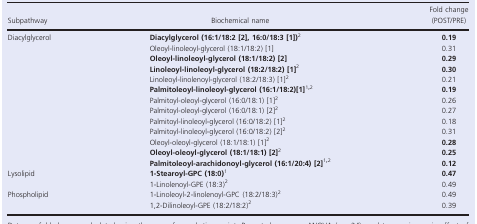
<table><thead><tr><td><b>Subpathway</b></td><td><b>Biochemical name</b></td><td><b>Fold change (POST/PRE)</b></td></tr></thead><tbody><tr><td>Diacylglycerol</td><td><b>Diacylglycerol (16:1/18:2 [2], 16:0/18:3 [1])</b>b</td><td><b>0.19</b></td></tr><tr><td></td><td>Oleoyl‐linoleoyl‐glycerol (18:1/18:2) [1]</td><td>0.31</td></tr><tr><td></td><td><b>Oleoyl‐linoleoyl‐glycerol (18:1/18:2) [2]</b></td><td><b>0.29</b></td></tr><tr><td></td><td><b>Linoleoyl‐linoleoyl‐glycerol (18:2/18:2) [1]</b>b</td><td><b>0.30</b></td></tr><tr><td></td><td>Linoleoyl‐linolenoyl‐glycerol (18:2/18:3) [1]b</td><td>0.21</td></tr><tr><td></td><td><b>Palmitoleoyl‐linoleoyl‐glycerol (16:1/18:2)[1]</b>a<sup><b>,</b></sup>b</td><td><b>0.19</b></td></tr><tr><td></td><td>Palmitoyl‐oleoyl‐glycerol (16:0/18:1) [1]b</td><td>0.26</td></tr><tr><td></td><td>Palmitoyl‐oleoyl‐glycerol (16:0/18:1) [2]b</td><td>0.27</td></tr><tr><td></td><td>Palmitoyl‐linoleoyl‐glycerol (16:0/18:2) [1]b</td><td>0.18</td></tr><tr><td></td><td>Palmitoyl‐linoleoyl‐glycerol (16:0/18:2) [2]b</td><td>0.31</td></tr><tr><td></td><td>Oleoyl‐oleoyl‐glycerol (18:1/18:1) [1]b</td><td><b>0.28</b></td></tr><tr><td></td><td><b>Oleoyl‐oleoyl‐glycerol (18:1/18:1) [2]</b>b</td><td><b>0.25</b></td></tr><tr><td></td><td><b>Palmitoleoyl‐arachidonoyl‐glycerol (16:1/20:4) [2]</b>a<sup><b>,</b></sup>b</td><td><b>0.12</b></td></tr><tr><td>Lysolipid</td><td><b>1‐Stearoyl‐GPC (18:0)</b>a</td><td><b>0.47</b></td></tr><tr><td></td><td>1‐Linolenoyl‐GPE (18:3)b</td><td>0.49</td></tr><tr><td>Phospholipid</td><td>1‐Linoleoyl‐2‐linolenoyl‐GPC (18:2/18:3)b</td><td>0.49</td></tr><tr><td></td><td>1,2‐Dilinoleoyl‐GPE (18:2/18:2)b</td><td>0.39</td></tr></tbody></table>